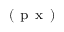
^ { ( \mathrm { ~ p ~ x ~ } ) }